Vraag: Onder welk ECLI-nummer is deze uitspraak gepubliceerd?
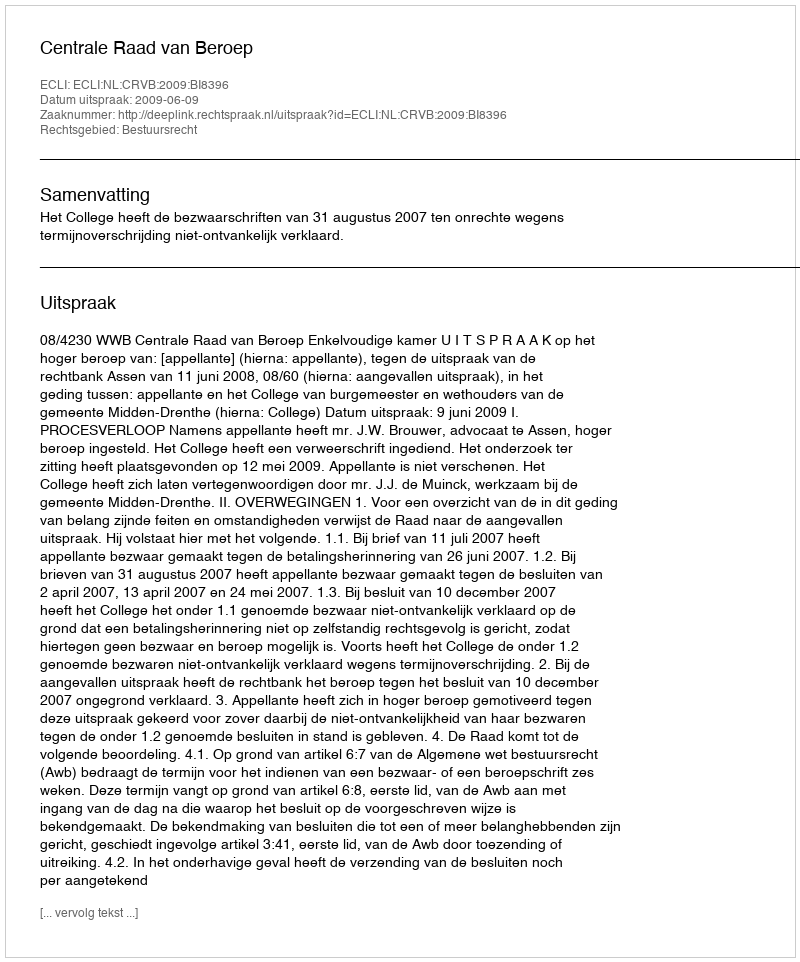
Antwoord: ECLI:NL:CRVB:2009:BI8396